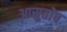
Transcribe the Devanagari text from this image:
आसुतोष